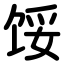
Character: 馁